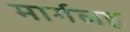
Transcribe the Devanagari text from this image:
मार्गलह